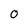
Character: 0